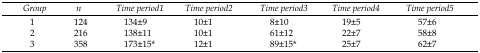
<table><thead><tr><td><b><i>Group</i></b></td><td><b><i>n</i></b></td><td><b><i>Time period1</i></b></td><td><b><i>Time period2</i></b></td><td><b><i>Time period3</i></b></td><td><b><i>Time period4</i></b></td><td><b><i>Time period5</i></b></td></tr></thead><tbody><tr><td>1</td><td>124</td><td>134±9</td><td>10±1</td><td>8±10</td><td>19±5</td><td>57±6</td></tr><tr><td>2</td><td>216</td><td>138±11</td><td>10±1</td><td>61±12</td><td>22±7</td><td>58±8</td></tr><tr><td>3</td><td>358</td><td>173±15*</td><td>12±1</td><td>89±15*</td><td>25±7</td><td>62±7</td></tr></tbody></table>